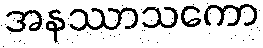
အနဿာသကော